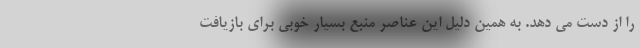
را از دست می دهد. به همین دلیل این عناصر منبع بسیار خوبی برای بازیافت